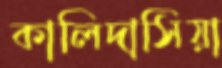
কালিদাসিয়া